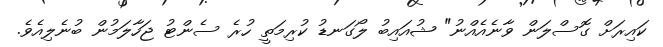
ކައިރަށް ގޮސްލަން ވާނެއެއްނު" ޝުއައިބު ލޯގަނޑު ކުރިމަތީ ހުރެ ސެންޓު ޖަހާލަމުން ބުނެލިއެވެ.